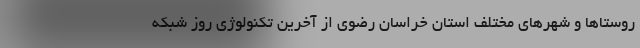
روستاها و شهرهای مختلف استان خراسان رضوی از آخرین تکنولوژی روز شبکه